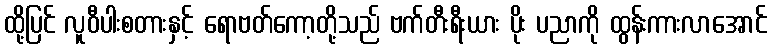
ထို့ပြင် လူဝီပါးစတားနှင့် ရောဗတ်ကော့တို့သည် ဗက်တီးရီးယား ပိုး ပညာကို ထွန်းကားလာအောင်